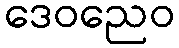
ဒေဝညေဝ